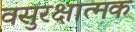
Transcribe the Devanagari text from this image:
वसुरक्षात्मक